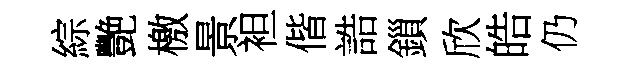
綜艷檄景袒偕誥鎻欣皓仍